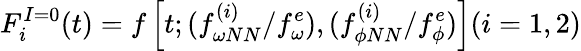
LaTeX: F_{i}^{I=0}(t)=f\left[t;({f_{\omega NN}^{(i)}}/{f_{\omega}^{e}}),({f_{\phi NN}^{(i)}}/{f_{\phi}^{e}})\right](i=1,2)